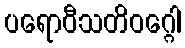
ပရောဝီသတိဝဂ္ဂေါ